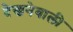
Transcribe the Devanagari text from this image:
देखनेवाली